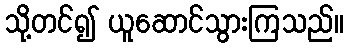
သို့တင်၍ ယူဆောင်သွားကြသည်။